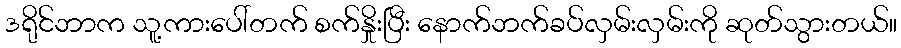
ဒရိုင်ဘာက သူ့ကားပေါ်တက် စက်နှိုးပြီး နောက်ဘက်ခပ်လှမ်းလှမ်းကို ဆုတ်သွားတယ်။